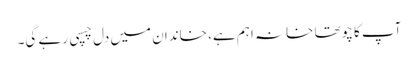
آپ کا چوتھا خانہ اہم ہے، خاندان میں دل چسپی رہے گی۔